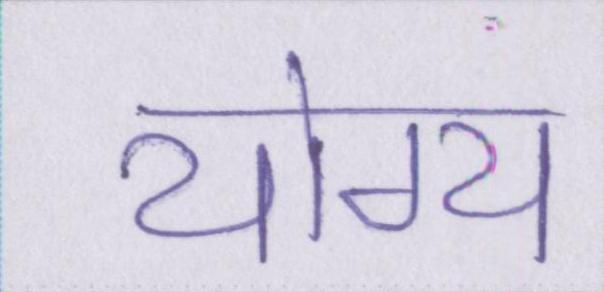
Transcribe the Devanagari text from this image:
योग्य